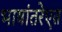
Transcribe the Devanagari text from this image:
भाषांतरेएत